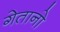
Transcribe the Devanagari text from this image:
गेतानो